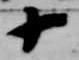
十